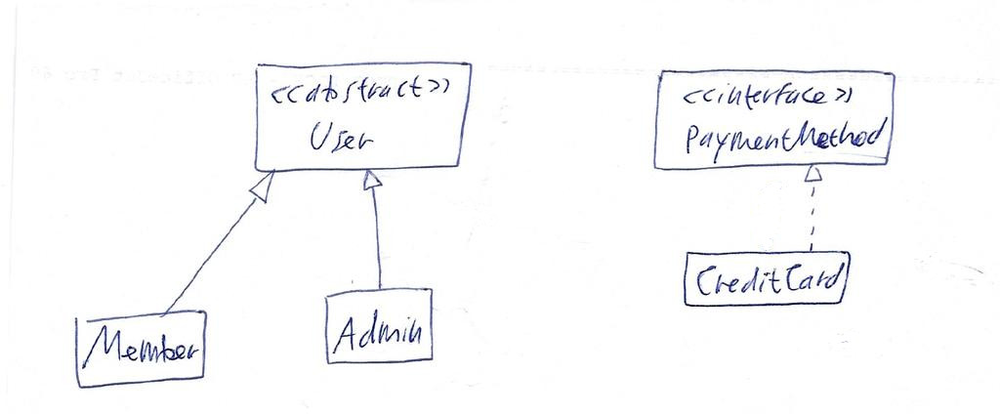
Diagram type: class_diagram
```plantuml
@startuml

abstract class User

interface PaymentMethod

class Member extends User

class CreditCard implements PaymentMethod

class Admin extends User

@enduml
```